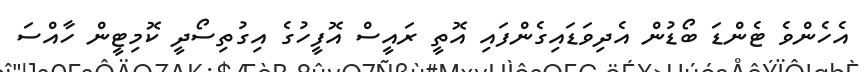
އެހެންވެ ޓެންޑަ ބޯޑުން އެދިވަޑައިގެންފައި އޮތީ ރައީސް އޮފީހުގެ އިގުތިސޯދީ ކޮމިޓީން ހާއްސަ